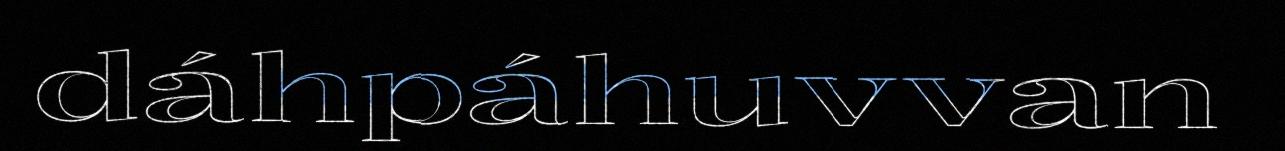
dáhpáhuvvan